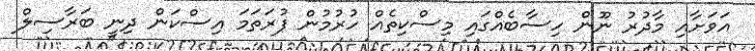
އަވަށާއި މާދުރު ނޫން ހިސާބެއްގައި މިސްކިތެއް ހުރުމުން ފުރަތަމަ އިސްކަން ދިނީ ބަރާސިލް